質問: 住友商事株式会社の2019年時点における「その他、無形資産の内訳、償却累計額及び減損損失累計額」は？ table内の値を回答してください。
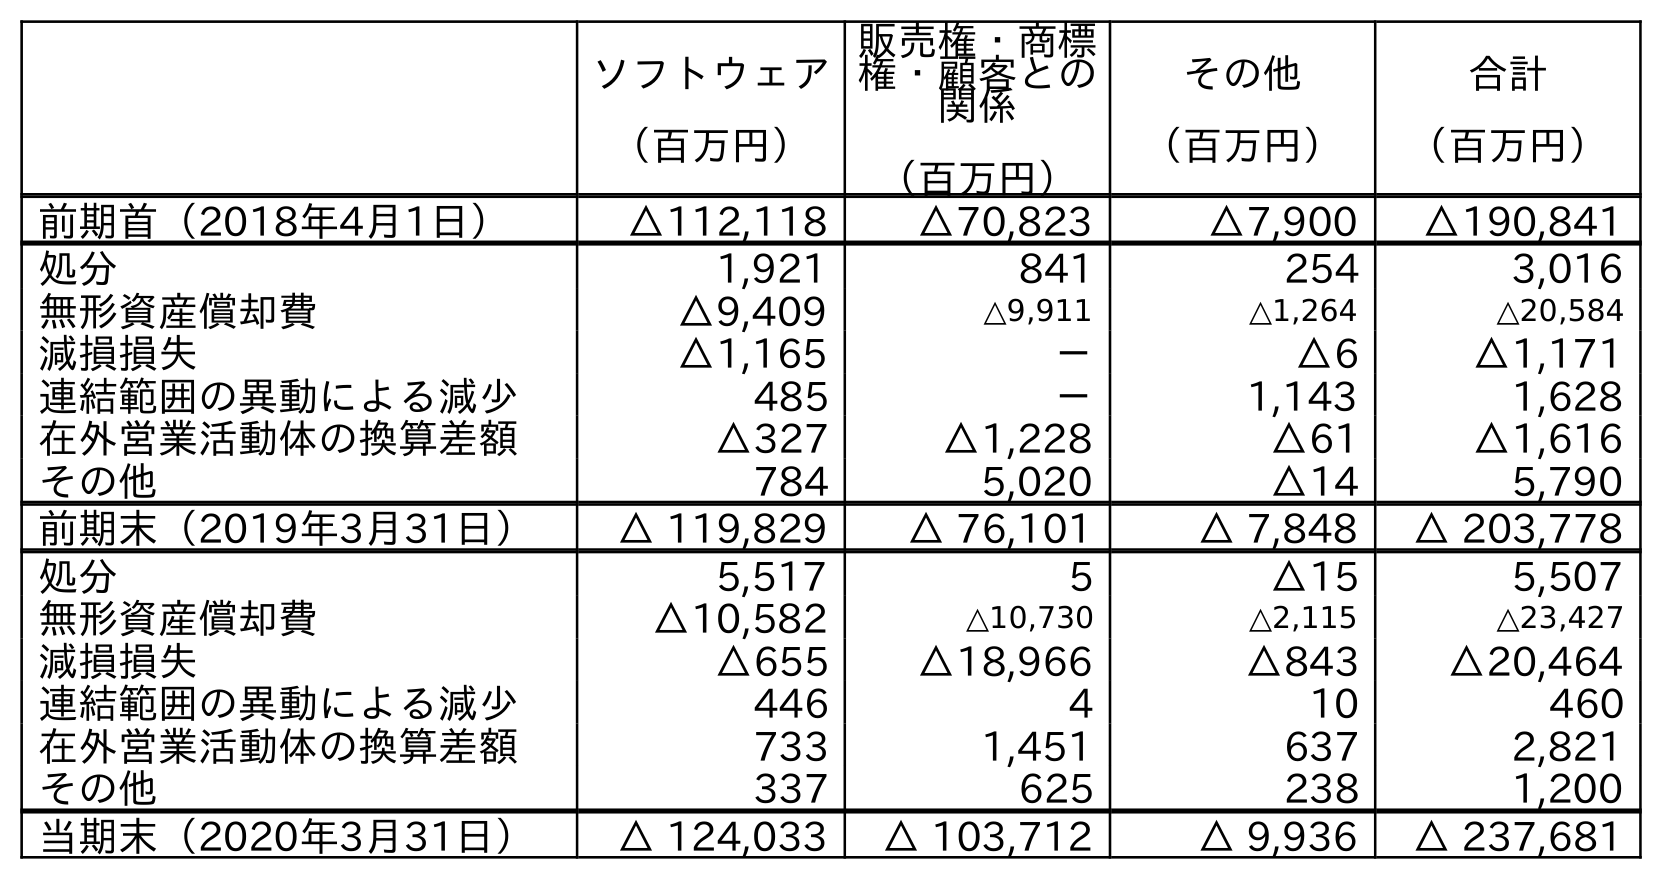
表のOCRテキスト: ソフトウェア （百万円） 販売権・商標 権・顧客との 関係 （百万円） その他 （百万円） 合計 （百万円） 前期首（2018年4月1日） △112,118 △70,823 △7,900 △190,841 処分 1,921 841 254 3,016 無形資産償却費 △9,409 △9,911 △1,264 △20,584 減損損失 △1,165 － △6 △1,171 連結範囲の異動による減少 485 － 1,143 1,628 在外営業活動体の換算差額 △327 △1,228 △61 △1,616 その他 784 5,020 △14 5,790 前期末（2019年3月31日） △ 119,829 △ 76,101 △ 7,848 △ 203,778 処分 5,517 5 △15 5,507 無形資産償却費 △10,582 △10,730 △2,115 △23,427 減損損失 △655 △18,966 △843 △20,464 連結範囲の異動による減少 446 4 10 460 在外営業活動体の換算差額 733 1,451 637 2,821 その他 337 625 238 1,200 当期末（2020年3月31日） △ 124,033 △ 103,712 △ 9,936 △ 237,681
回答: △7,848